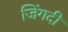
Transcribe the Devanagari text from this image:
जिंगदी